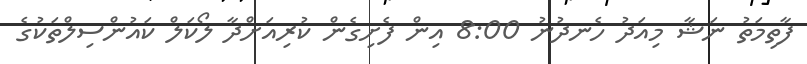
ފާތިމަތު ނަޝާ މިއަދު ހެނދުނު 8:00 އިން ފެށިގެން ކުރިއަށްދާ ލޯކަލް ކައުންސިލްތަކުގެ